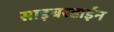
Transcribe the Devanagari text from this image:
साइबरडाईन